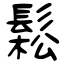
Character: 鬆